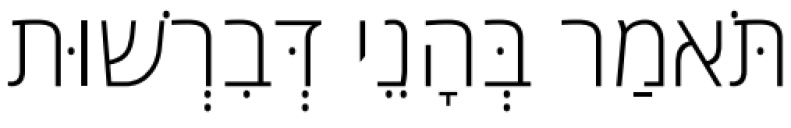
תֹּאמַר בְּהָנֵי דְּבִרְשׁוּת